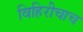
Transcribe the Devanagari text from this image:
विहिरीचाच